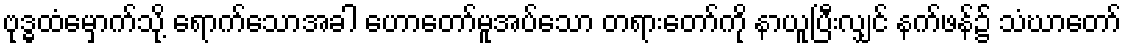
ဗုဒ္ဓထံမှောက်သို့ ရောက်သောအခါ ဟောတော်မူအပ်သော တရားတော်ကို နာယူပြီးလျှင် နက်ဖန်၌ သံဃာတော်